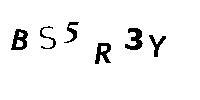
BS5R3Y